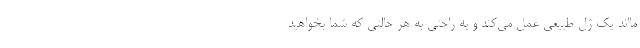
مااند یک ژل طبیعی عمل می­کند و به راحتی به هر حالتی که شما بخواهید